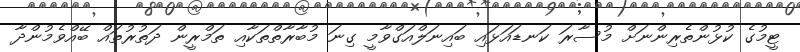
ޓީމުގެ ކުޅުންތެރިންނަށް މުސާރަ ކަނޑައަޅައި ބައިނަލްއަގްވާމީ ގިނަ މުބާރާތްތަކާއި ތަމްރީން ދަތުރުތައް ބޭއްވެމުންދާ